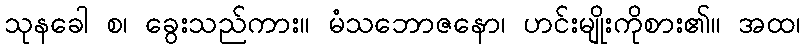
သုနခေါ စ၊ ခွေးသည်ကား။ မံသဘောဇနော၊ ဟင်းမျိုးကိုစား၏။ အထ၊